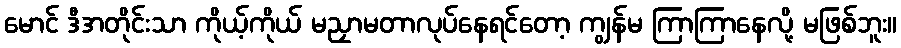
မောင် ဒီအတိုင်းသာ ကိုယ့်ကိုယ် မညှာမတာလုပ်နေရင်တော့ ကျွန်မ ကြာကြာနေလို့ မဖြစ်ဘူး။